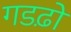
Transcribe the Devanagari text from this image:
गडढ़ो